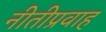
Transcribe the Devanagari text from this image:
नीतीप्रवाह